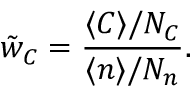
\tilde { w } _ { C } = \frac { \langle C \rangle / N _ { C } } { \langle n \rangle / N _ { n } } .